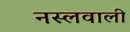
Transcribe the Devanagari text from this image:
नस्लवाली